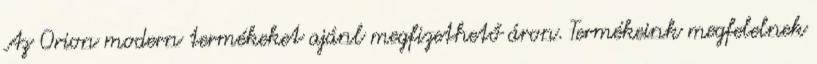
Az Orion modern termékeket ajánl megfizethető áron. Termékeink megfelelnek